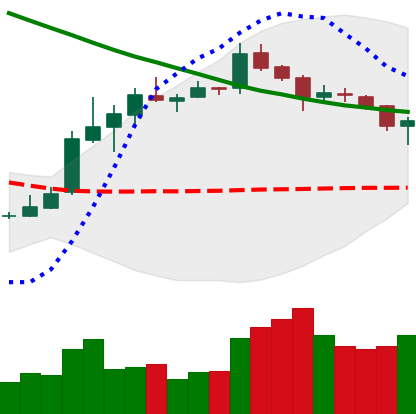
Ticker: XLM-USD
Chart end date: 2019-03-26
Forward return: 4.132%
Label: up_3_5